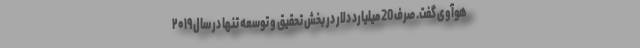
هوآوی گفت. صرف 20 میلیارد دلار در بخش تحقیق و توسعه تنها در سال ۲۰۱۹